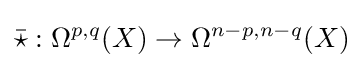
{\bar {\star }}:\Omega ^{p,q}(X)\to \Omega ^{n-p,n-q}(X)